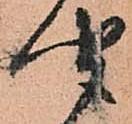
聞